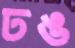
ঢঙ